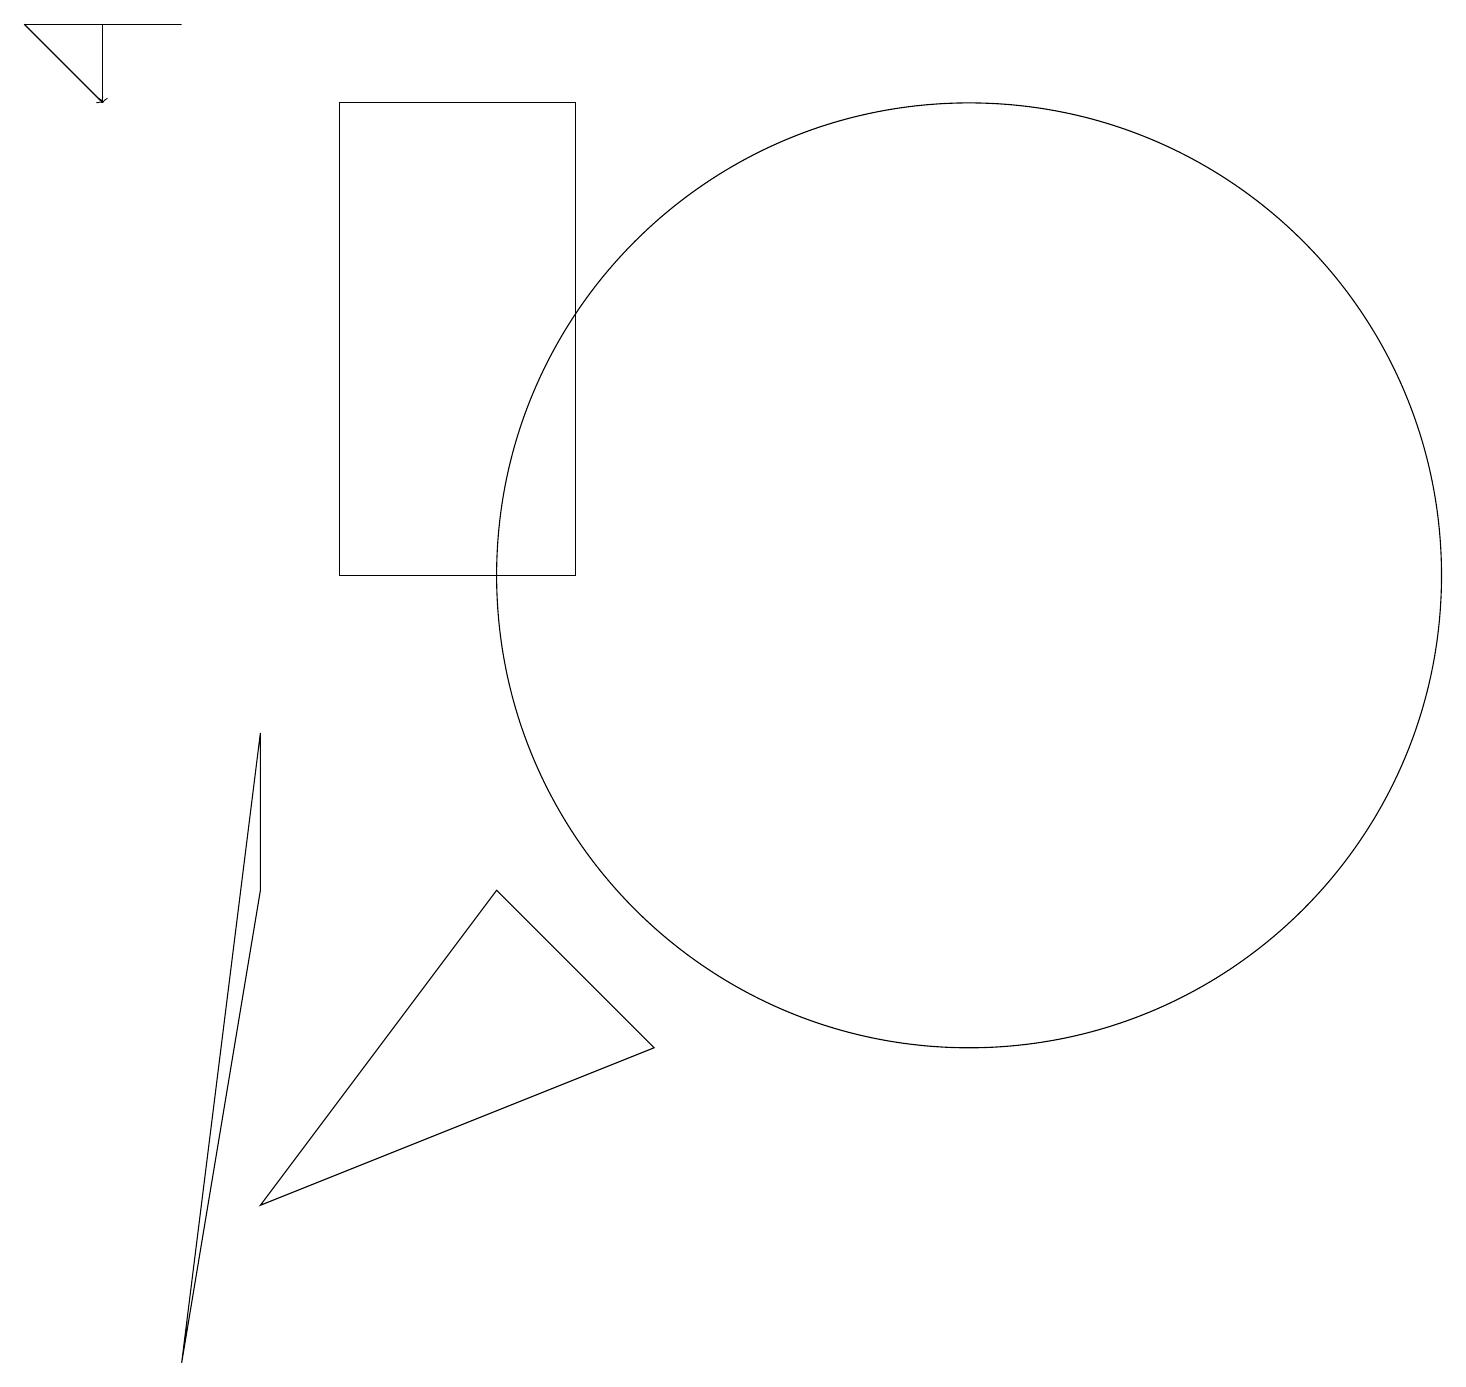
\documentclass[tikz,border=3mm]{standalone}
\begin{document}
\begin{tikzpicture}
\draw (4,10) rectangle (7,16);
\draw (12,10) circle (6);
\draw (3,6) -- (2,0) -- (3,8) -- cycle;
\draw (2,17) rectangle (0,17);
\draw (6,6) -- (8,4) -- (3,2) -- cycle;
\draw[->] (1,17) -- (1,16);
\draw[->] (0,17) -- (1,16);
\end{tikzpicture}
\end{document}